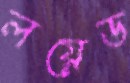
লয়েড